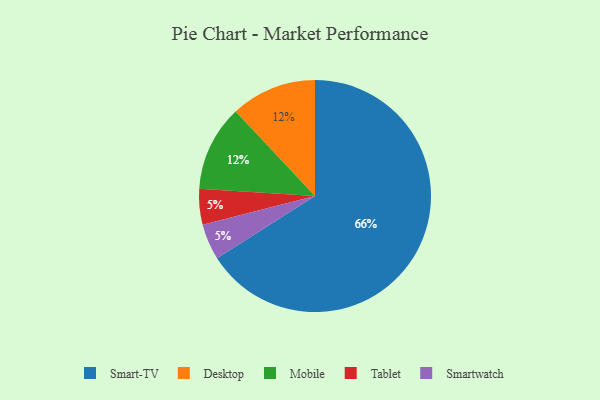
{"axis": {"x": "Category", "y": "Percentage"}, "legend": ["Desktop", "Mobile", "Smart-TV", "Smartwatch", "Tablet"], "data": [{"x": "Smart-TV", "y": 66, "type": "Smart-TV"}, {"x": "Tablet", "y": 5, "type": "Tablet"}, {"x": "Smartwatch", "y": 5, "type": "Smartwatch"}, {"x": "Desktop", "y": 12, "type": "Desktop"}, {"x": "Mobile", "y": 12, "type": "Mobile"}]}